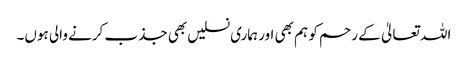
اللہ تعالیٰ کے رحم کو ہم بھی اور ہماری نسلیں بھی جذب کرنے والی ہوں۔